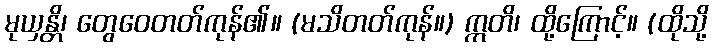
မုယှန္တိ၊ တွေဝေတတ်ကုန်၏။ (မသိတတ်ကုန်။) ဣတိ၊ ထို့ကြောင့်။ (ထိုသို့